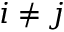
i \neq j